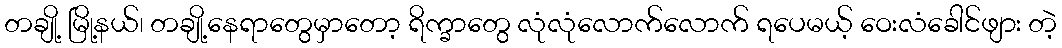
တချို့ မြို့နယ်၊ တချို့နေရာတွေမှာတော့ ရိက္ခာတွေ လုံလုံလောက်လောက် ရပေမယ့် ဝေးလံခေါင်ဖျား တဲ့